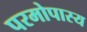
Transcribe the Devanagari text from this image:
परमोपास्य